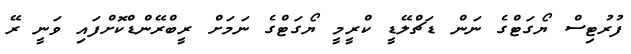
ފުރުޓިސް ޔޯގަޓްގެ ނަން ޑަޗްލޭޑީ ކްރީމީ ޔޯގަޓްގެ ނަމަށް ރީބްރޭންޑްކޮށްފައި ވަނީ ރޭ